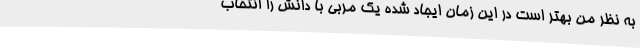
به نظر من بهتر است در این زمان ایجاد شده یک مربی با دانش را انتخاب